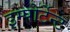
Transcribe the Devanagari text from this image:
इम्पोर्टेन्ट